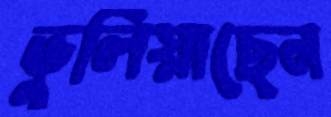
ভুলিয়াছেন